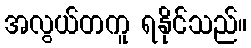
အလွယ်တကူ ရနိုင်သည်။